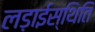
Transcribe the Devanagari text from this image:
लड़ाईस्थिति